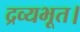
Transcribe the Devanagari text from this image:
द्रव्यभूत।